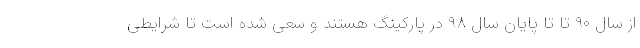
از سال ۹۰ تا تا پایان سال ۹۸ در پارکینگ هستند و سعی شده است تا شرایطی